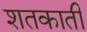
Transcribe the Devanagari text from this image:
शतकाती